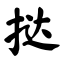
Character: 挞